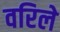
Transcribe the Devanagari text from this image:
वरिले